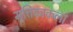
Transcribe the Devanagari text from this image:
मृत्तिकाकला